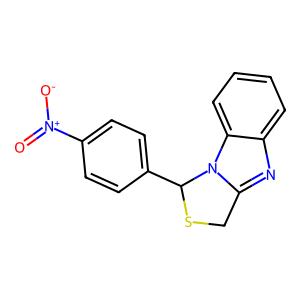
SMILES: O=[N+]([O-])c1ccc(C2SCc3nc4ccccc4n32)cc1
Inhibits HIV replication: No